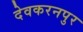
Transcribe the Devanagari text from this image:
देवकरनपुर